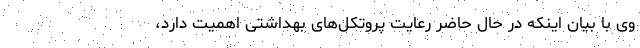
وی با بیان اینکه در حال حاضر رعایت پروتکل‌های بهداشتی اهمیت دارد،